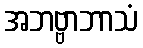
အဘဗ္ဗာဘာသံ